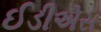
ઈડીએસ